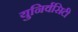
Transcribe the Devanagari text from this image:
युनिर्वसिटी